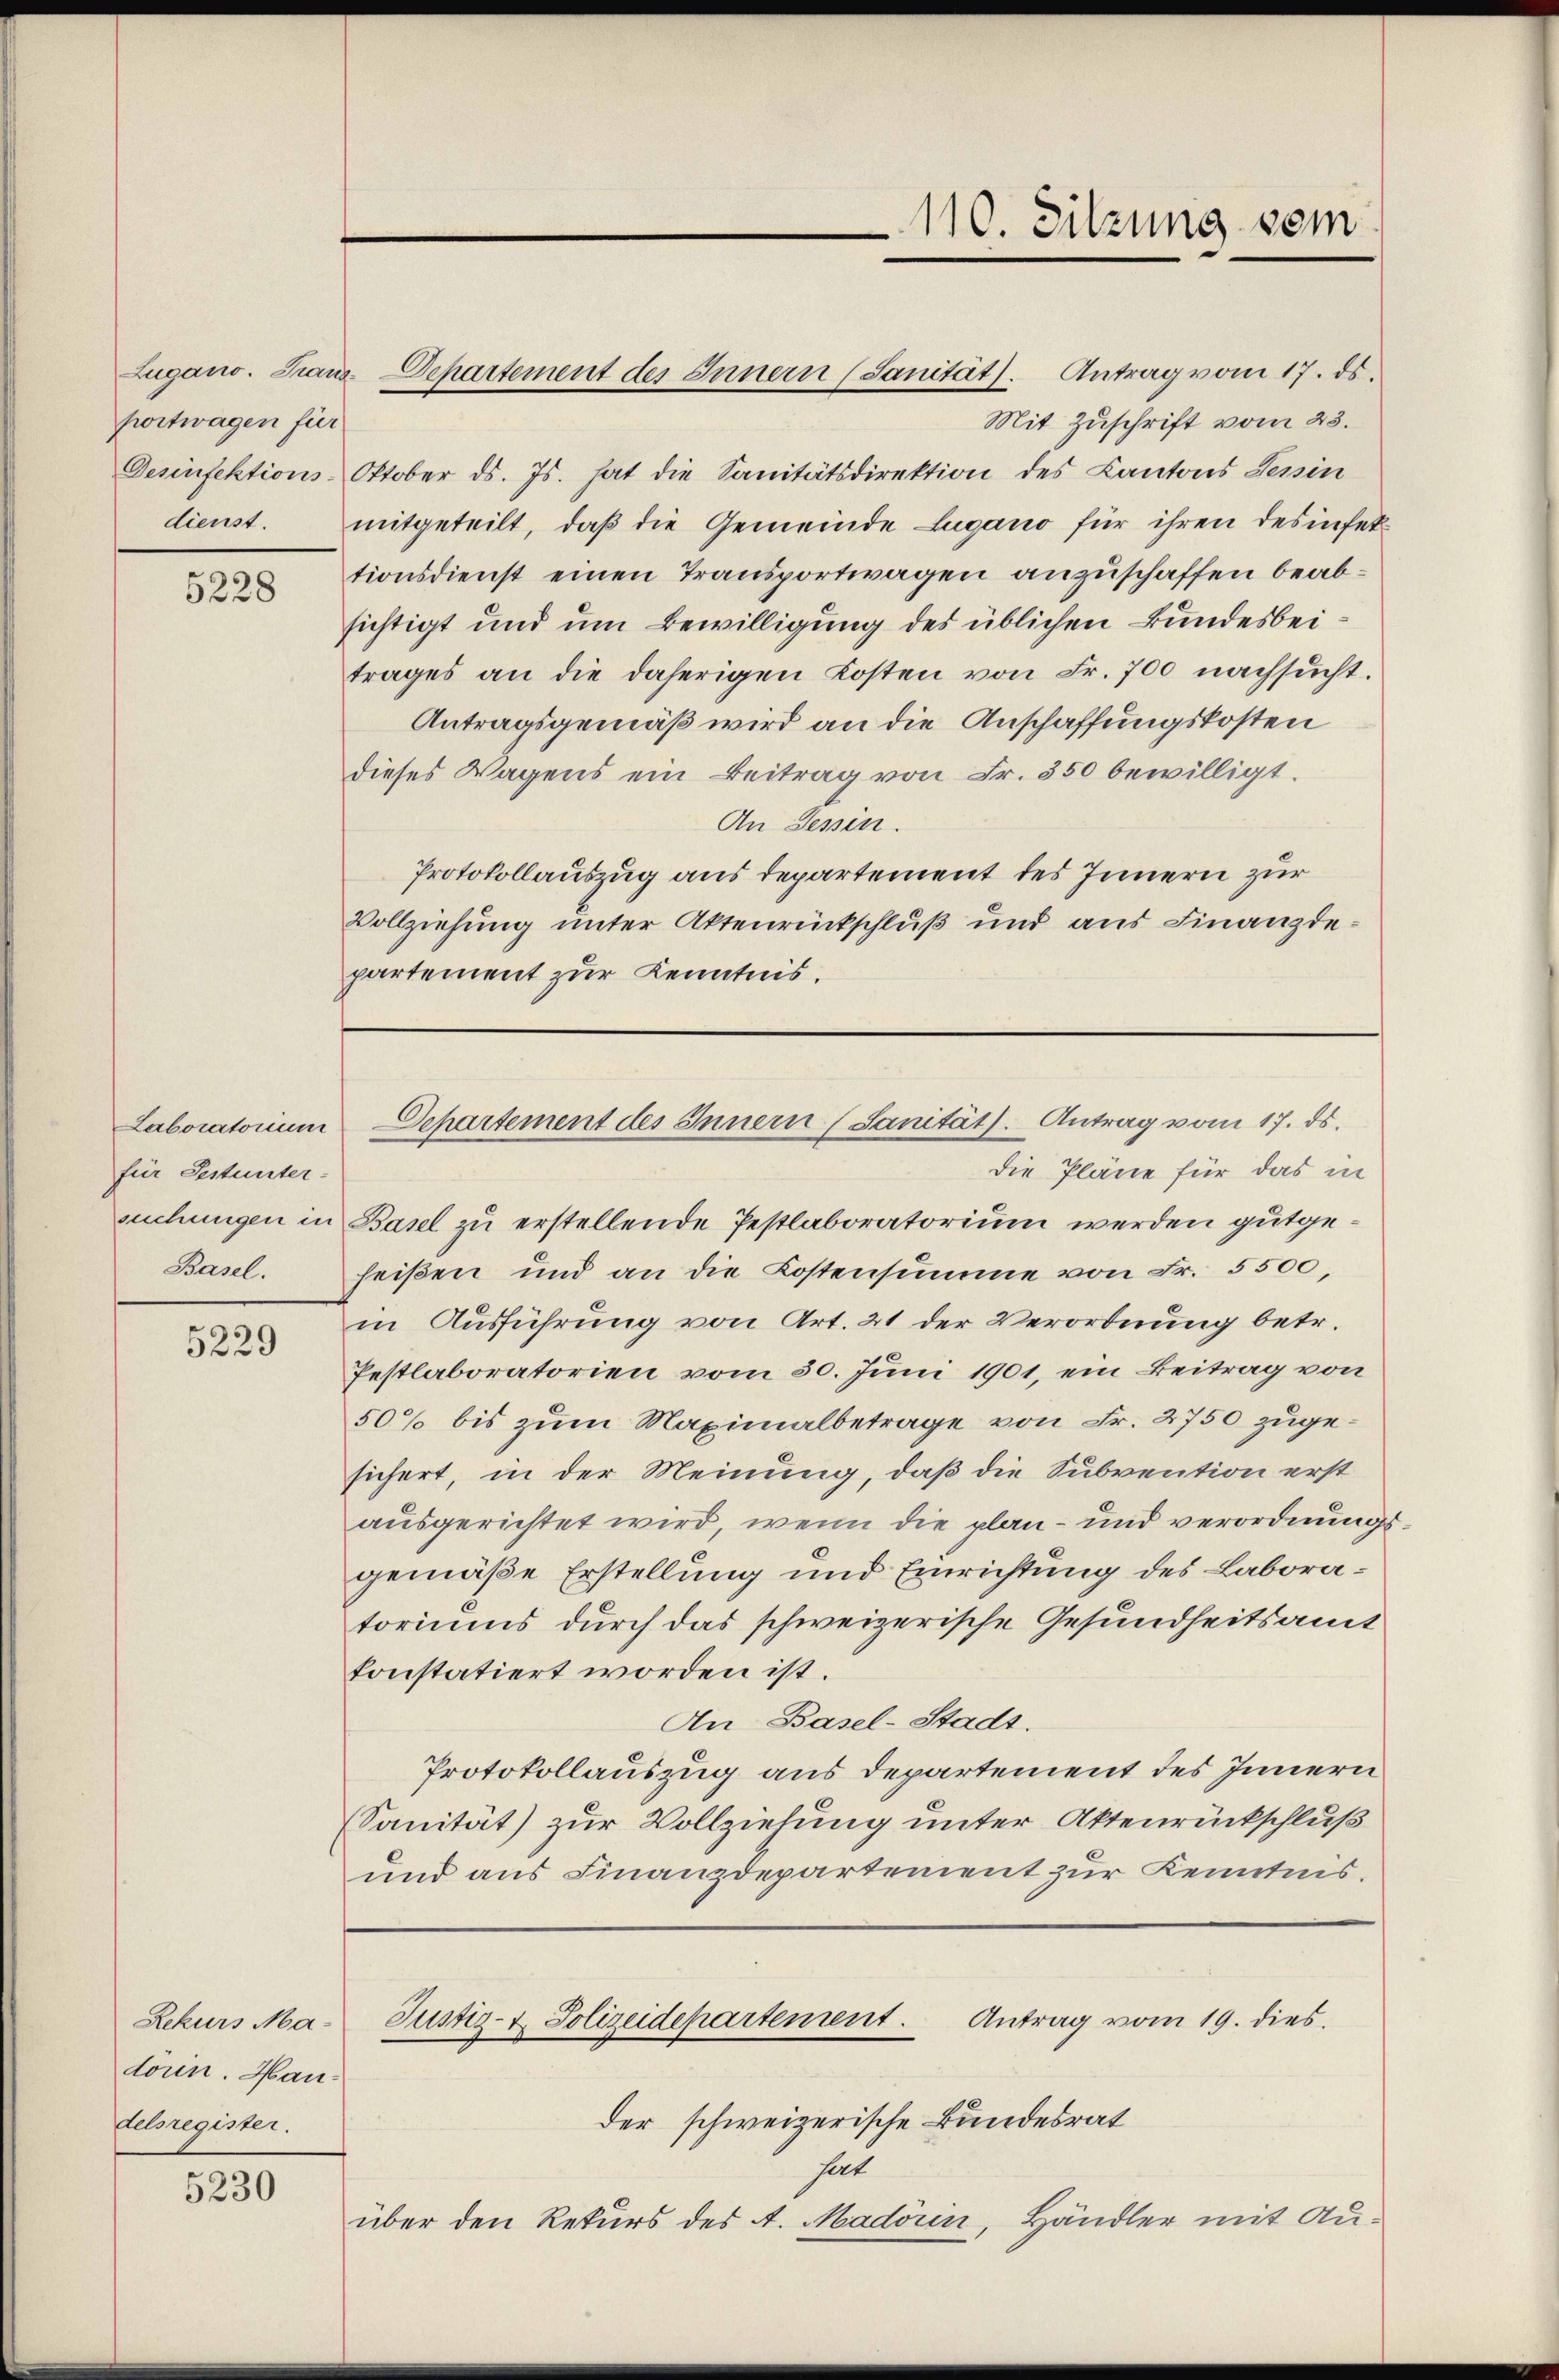
portwagen für
dienst.

5228

Laboratorium
für Sestunter-
suchungen in
Basel.

5229

Lugano. Graus Departement des Innern (Sanität. Antrag vom 17. ds.
Mit Zuschrift vom 23.
Desinfektions-Oktober ds. Js. hat die Sanitätsdirektion des Kantons Tessin
mitgeteilt, daß die Gemeinde Lugano für ihren desinfettionsdienst einen Transportwagen anzuschaffen beabsichtigt und um Bewilligung des üblichen Bundesbeitrages an die daherigen Kosten von Fr. 700 nachsucht.
Antragsgemäß wird an die Anschaffungskosten
dieses Wagens ein Beitrag von Fr. 350 bewilligt.
An Tessin.
Protokollauszug aus departement des Innern zur
Vollziehung unter Aktenrückschluß und aus Finanzdepartement zur Kenntnis.

Rekurs Madörin. Han
delsregister.

5230

110. Sitzung vom

Departement des Innern (Sanität. Antrag vom 17. ds.

die Pläne für das in
Basel zu erstellende Pestlaboratorium werden gutgeheißen und an die Kostensumme von Fr. 5500.
in Ausführung von Art. 21 der Verordnung betr.
Pestlaboratorien vom 30. Juni 1901, ein Beitrag von
50% bis zum Maximalbetrage von Fr. 2750 zugesichert, in der Meinung, daß die Subvention erst
ausgerichtet wird, wenn die plan- und verordnungs
gemäße Erstellung und Einrichtung des Laboratoriums durch das schweizerische Gesundheitsamt
konstatiert worden ist.
An Basel-Stadt.
Protokollauszug aus Departement des Innern
(Sanität) zur Vollziehung unter Aktenrückschluß
und aus Finanzdepartement zur Kenntnis.
Justiz- & Polizeidepartement. Antrag vom 19. dies
der schweizerische Bundesrat
heit
über den Rekurs des A. Madörin, Händler mit Au¬